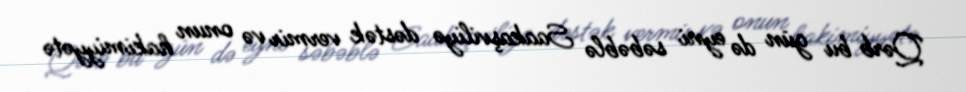
Qərb bu gün də eyni səbəblə Saakaşviliyə dəstək vermir və onun hakimiyyətə